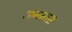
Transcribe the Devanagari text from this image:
अननास